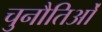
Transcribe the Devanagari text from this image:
चुनौतिओं